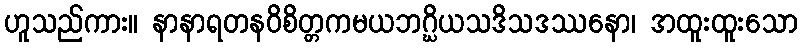
ဟူသည်ကား။ နာနာရတနဝိစိတ္တကမယဘဂ္ဃိယသဒိသဒဿနော၊ အထူးထူးသော